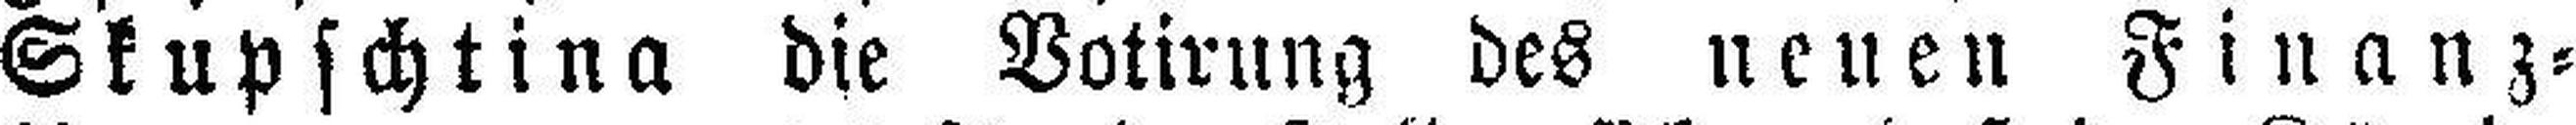
Skupschtina die Votirung des neuen Finanz=